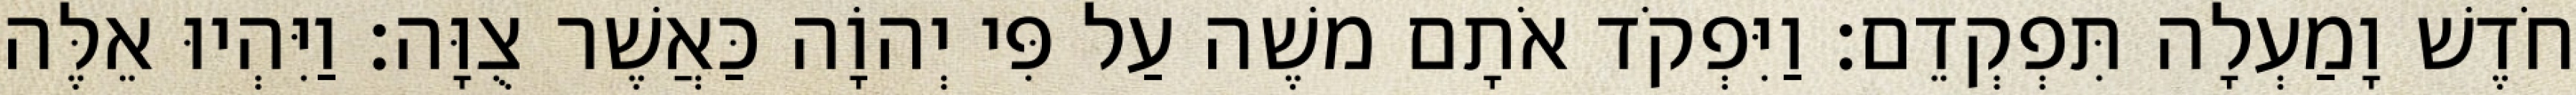
חֹדֶשׁ וָמַעְלָה תִּפְקְדֵם׃ וַיִּפְקֹד אֹתָם משֶׁה עַל פִּי יְהוָֹה כַּאֲשֶׁר צֻוָּה׃ וַיִּהְיוּ אֵלֶּה